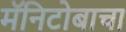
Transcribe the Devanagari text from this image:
मॅनिटोबाचा